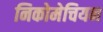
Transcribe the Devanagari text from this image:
निकोमेचियन